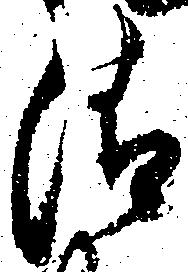
清